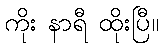
ကိုး နာရီ ထိုးပြီ။